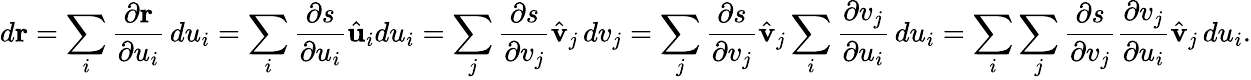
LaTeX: d\mathbf{r}=\sum_{i}{\frac{\partial\mathbf{r}}{\partial u_{i}}}\, du_{i}=\sum_{i}{\frac{\partial s}{\partial u_{i}}}{\hat{\mathbf{u}}}_{i}du_{i}=\sum_{j}{\frac{\partial s}{\partial v_{j}}}{\hat{\mathbf{v}}}_{j}\, dv_{j}=\sum_{j}{\frac{\partial s}{\partial v_{j}}}{\hat{\mathbf{v}}}_{j}\sum_{i}{\frac{\partial v_{j}}{\partial u_{i}}}\, du_{i}=\sum_{i}\sum_{j}{\frac{\partial s}{\partial v_{j}}}{\frac{\partial v_{j}}{\partial u_{i}}}{\hat{\mathbf{v}}}_{j}\, du_{i}.